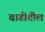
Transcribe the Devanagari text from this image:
वाढीतील